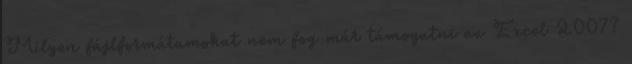
Milyen fájlformátumokat nem fog már támogatni az Excel 2007?